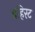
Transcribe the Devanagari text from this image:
बहिरट